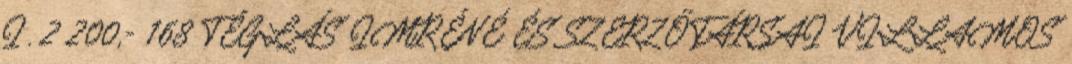
I. 2 200,- 168 TÉGLÁS IMRÉNÉ ÉS SZERZŐTÁRSAI VILLAMOS